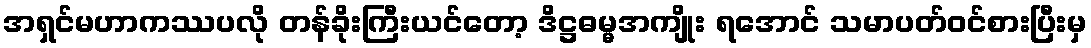
အရှင်မဟာကဿပလို တန်ခိုးကြီးယင်တော့ ဒိဋ္ဌဓမ္မအကျိုး ရအောင် သမာပတ်ဝင်စားပြီးမှ